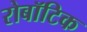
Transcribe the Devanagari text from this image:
रोबॉटिक